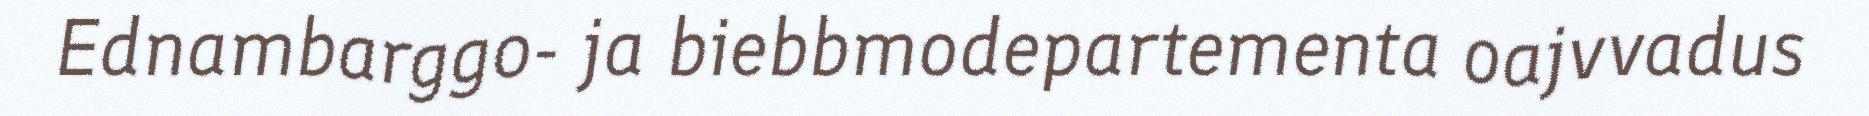
Ednambarggo- ja biebbmodepartementa oajvvadus